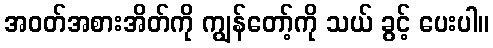
အဝတ်အစားအိတ်ကို ကျွန်တော့်ကို သယ် ခွင့် ပေးပါ။